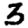
Digit: 3